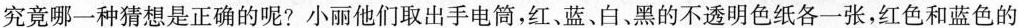
究竟哪一种猜想是正确的呢?小丽他们取出手电筒，红、蓝、白、黑的不透明色纸各一张，红色和蓝色的